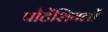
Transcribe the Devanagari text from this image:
पोटेंशियलों